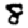
Digit: 8